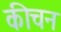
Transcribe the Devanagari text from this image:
कीचन